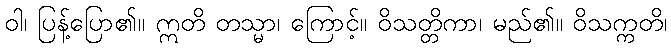
ဝါ၊ ပြန့်ပြော၏။ ဣတိ တသ္မာ၊ ကြောင့်။ ဝိသတ္တိကာ၊ မည်၏။ ဝိသက္ကတိ၊